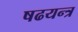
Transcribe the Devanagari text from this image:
षढयन्त्र